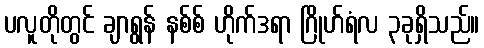
ပလူတိုတွင် ချာရွန် နစ်စ် ဟိုက်ဒရာ ဂြိုဟ်ရံလ ၃ခုရှိသည်။